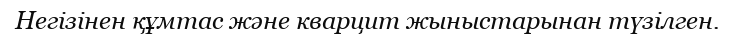
Негізінен құмтас және кварцит жыныстарынан түзілген.